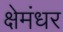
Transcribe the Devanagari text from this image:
क्षेमंधर